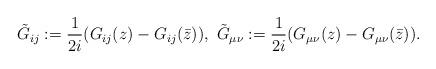
LaTeX: \begin{align*} \tilde{G}_{ij}:=\frac{1}{2i}(G_{ij}(z)-G_{ij}(\bar{z})),\ \tilde{G}_{\mu \nu}:=\frac{1}{2i}(G_{\mu \nu}(z)-G_{\mu \nu}(\bar{z})).\end{align*}